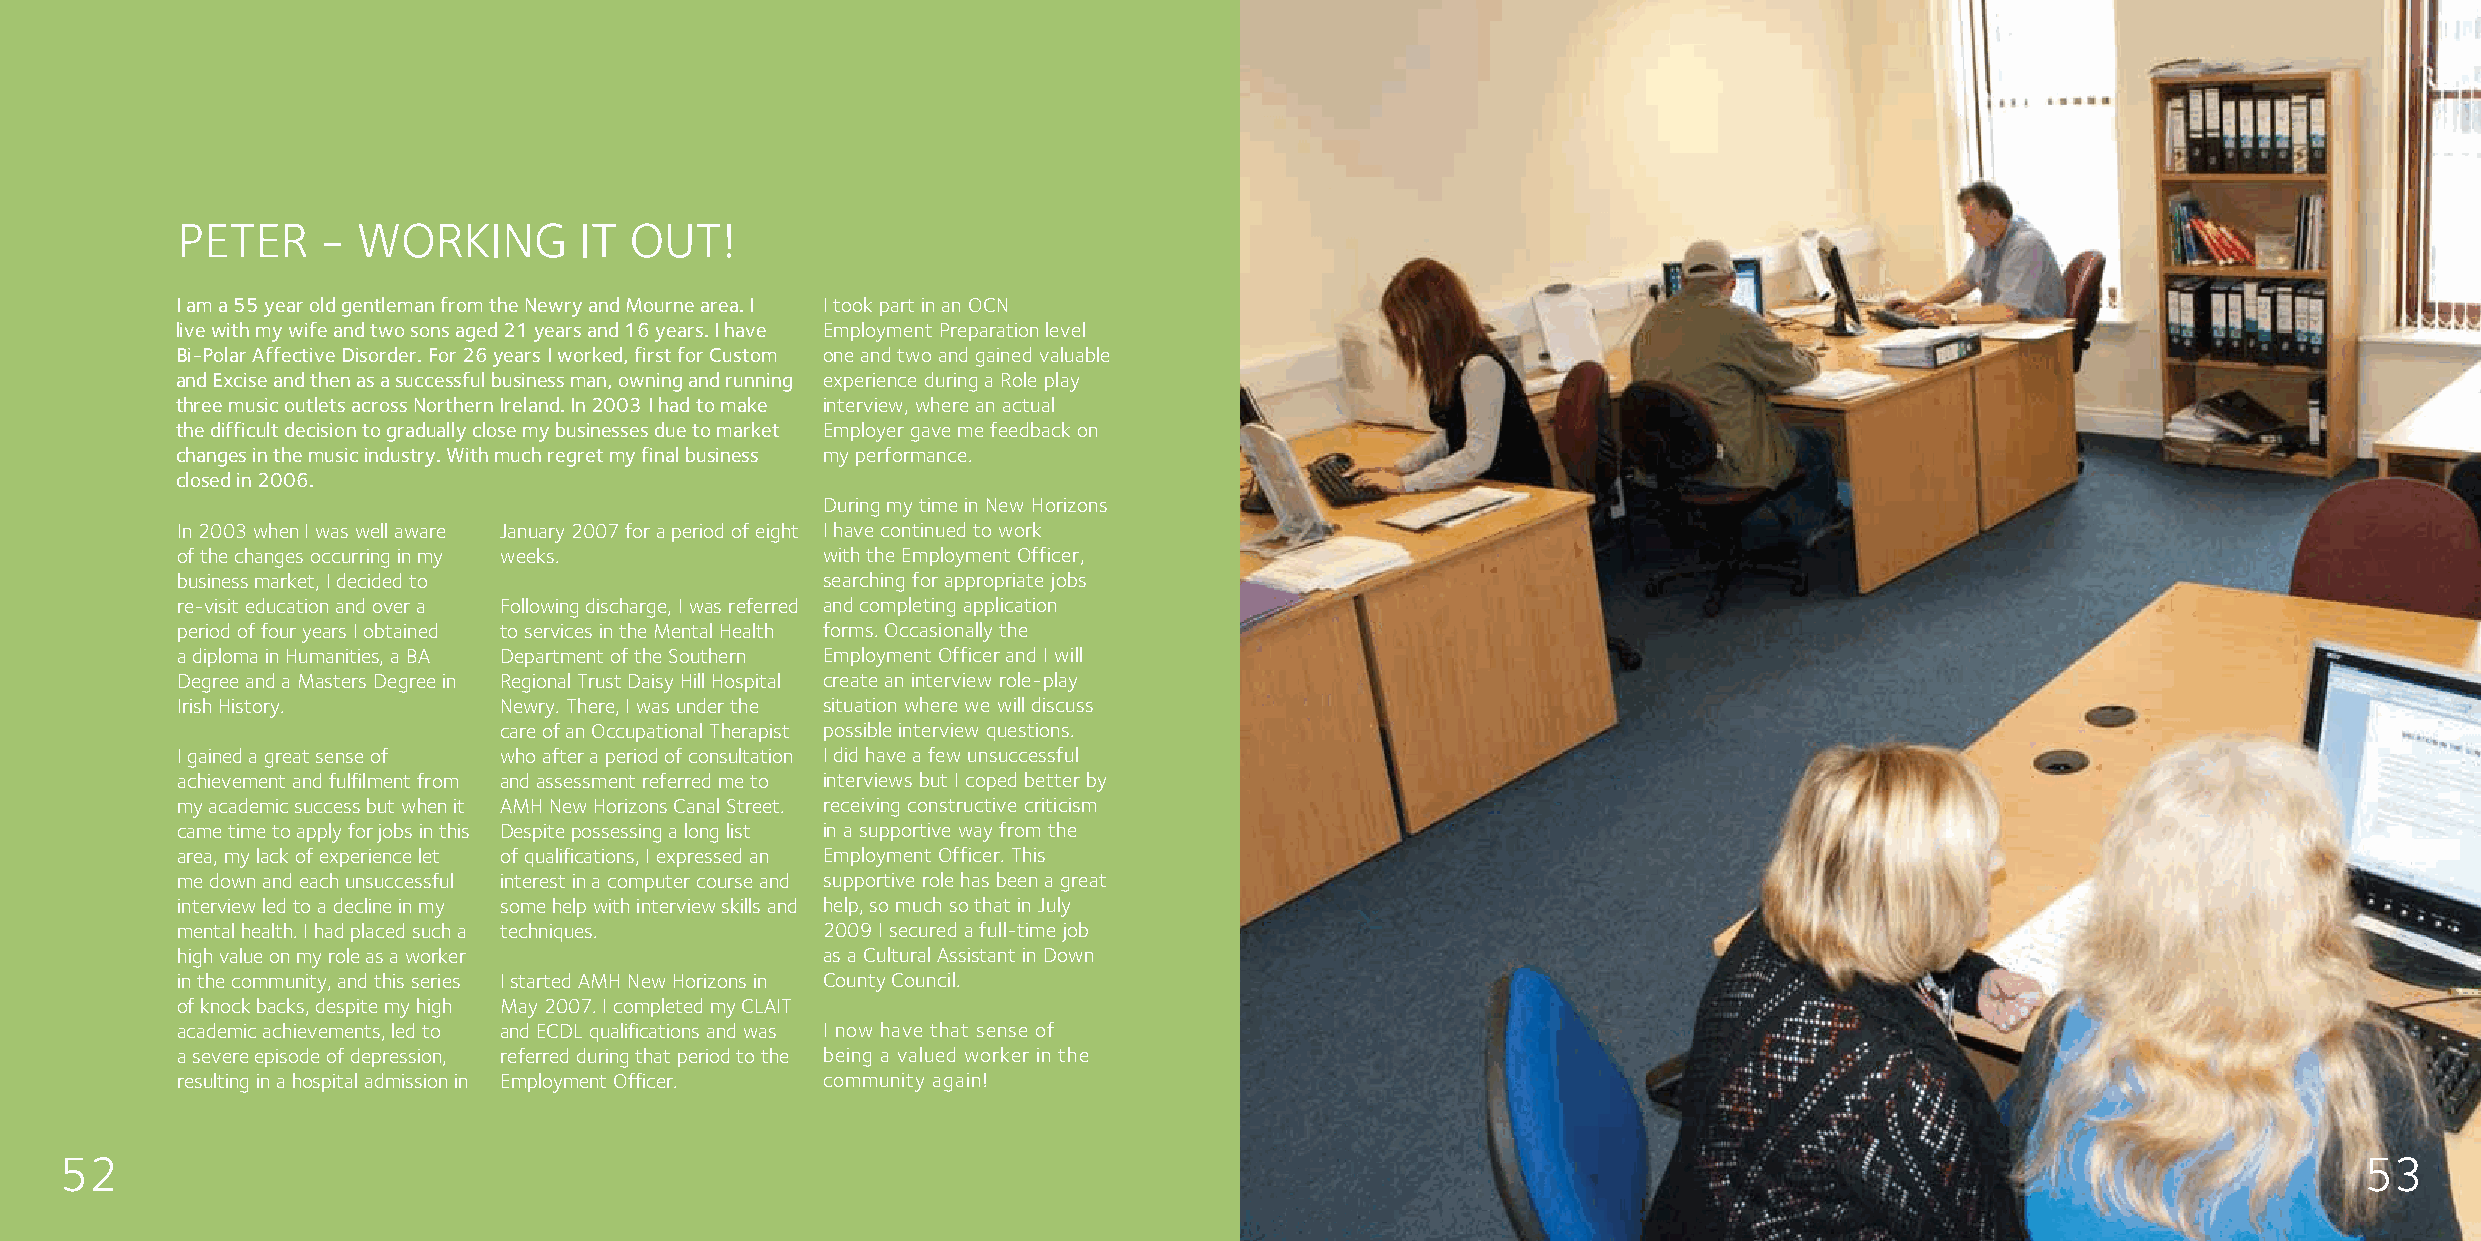
PETER    -  WORKING       IT  OUT!
 I am a 55 year old gentleman from the Newry and Mourne area. I I took part in an OCN
 live with my wife and two sons aged 21 years and 16 years. I have Employment Preparation level
 Bi-Polar Affective Disorder. For 26 years I worked, first for Custom one and two and gained valuable
 and Excise and then as a successful business man, owning and running experience during a Role play
 three music outlets across Northern Ireland. In 2003 I had to make interview, where an actual
 the difficult decision to gradually close my businesses due to market Employer gave me feedback on
 changes in the music industry. With much regret my final business my performance.
 closed in 2006.
 During my time in New Horizons
 In 2003 when I was well aware January 2007 for a period of eight I have continued to work
 of the changes occurring in my weeks.     with the Employment Officer,
 business market, I decided to             searching for appropriate jobs
 re-visit education and over a Following discharge, I was referred and completing application
 period of four years I obtained to services in the Mental Health forms. Occasionally the
 a diploma in Humanities, a BA Department of the Southern Employment Officer and I will
 Degree and a Masters Degree in Regional Trust Daisy Hill Hospital create an interview role-play
 Irish History.       Newry. There, I was under the situation where we will discuss
 care of an Occupational Therapist possible interview questions.
 I gained a great sense of who after a period of consultation I did have a few unsuccessful
 achievement and fulfilment from and assessment referred me to interviews but I coped better by
 my academic success but when it AMH New Horizons Canal Street. receiving constructive criticism
 came time to apply for jobs in this Despite possessing a long list in a supportive way from the
 area, my lack of experience let of qualifications, I expressed an Employment Officer. This
 me down and each unsuccessful interest in a computer course and supportive role has been a great
 interview led to a decline in my some help with interview skills and help, so much so that in July
 mental health. I had placed such a techniques. 2009 I secured a full-time job
 high value on my role as a worker         as a Cultural Assistant in Down
 in the community, and this series I started AMH New Horizons in County Council.
 of knock backs, despite my high May 2007. I completed my CLAIT
 academic achievements, led to and ECDL qualifications and was I now have that sense of
 a severe episode of depression, referred during that period to the being a valued worker in the
 resulting in a hospital admission in Employment Officer. community again!
 52                                                                                                                                                      53